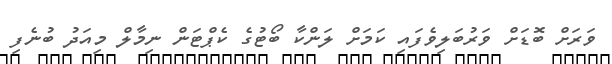
ވަރަށް ބޮޑަށް ވަރުބަލިވެފައި ކަމަށް ލަންކާ ބޯޓުގެ ކެޕްޓަން ނިމާލް މިއަދު ބުނެފި